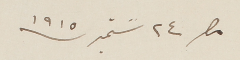
مصر ٢٤ سَتمبر سنة ١٩١٥